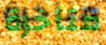
متأخرة